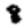
Digit: 8